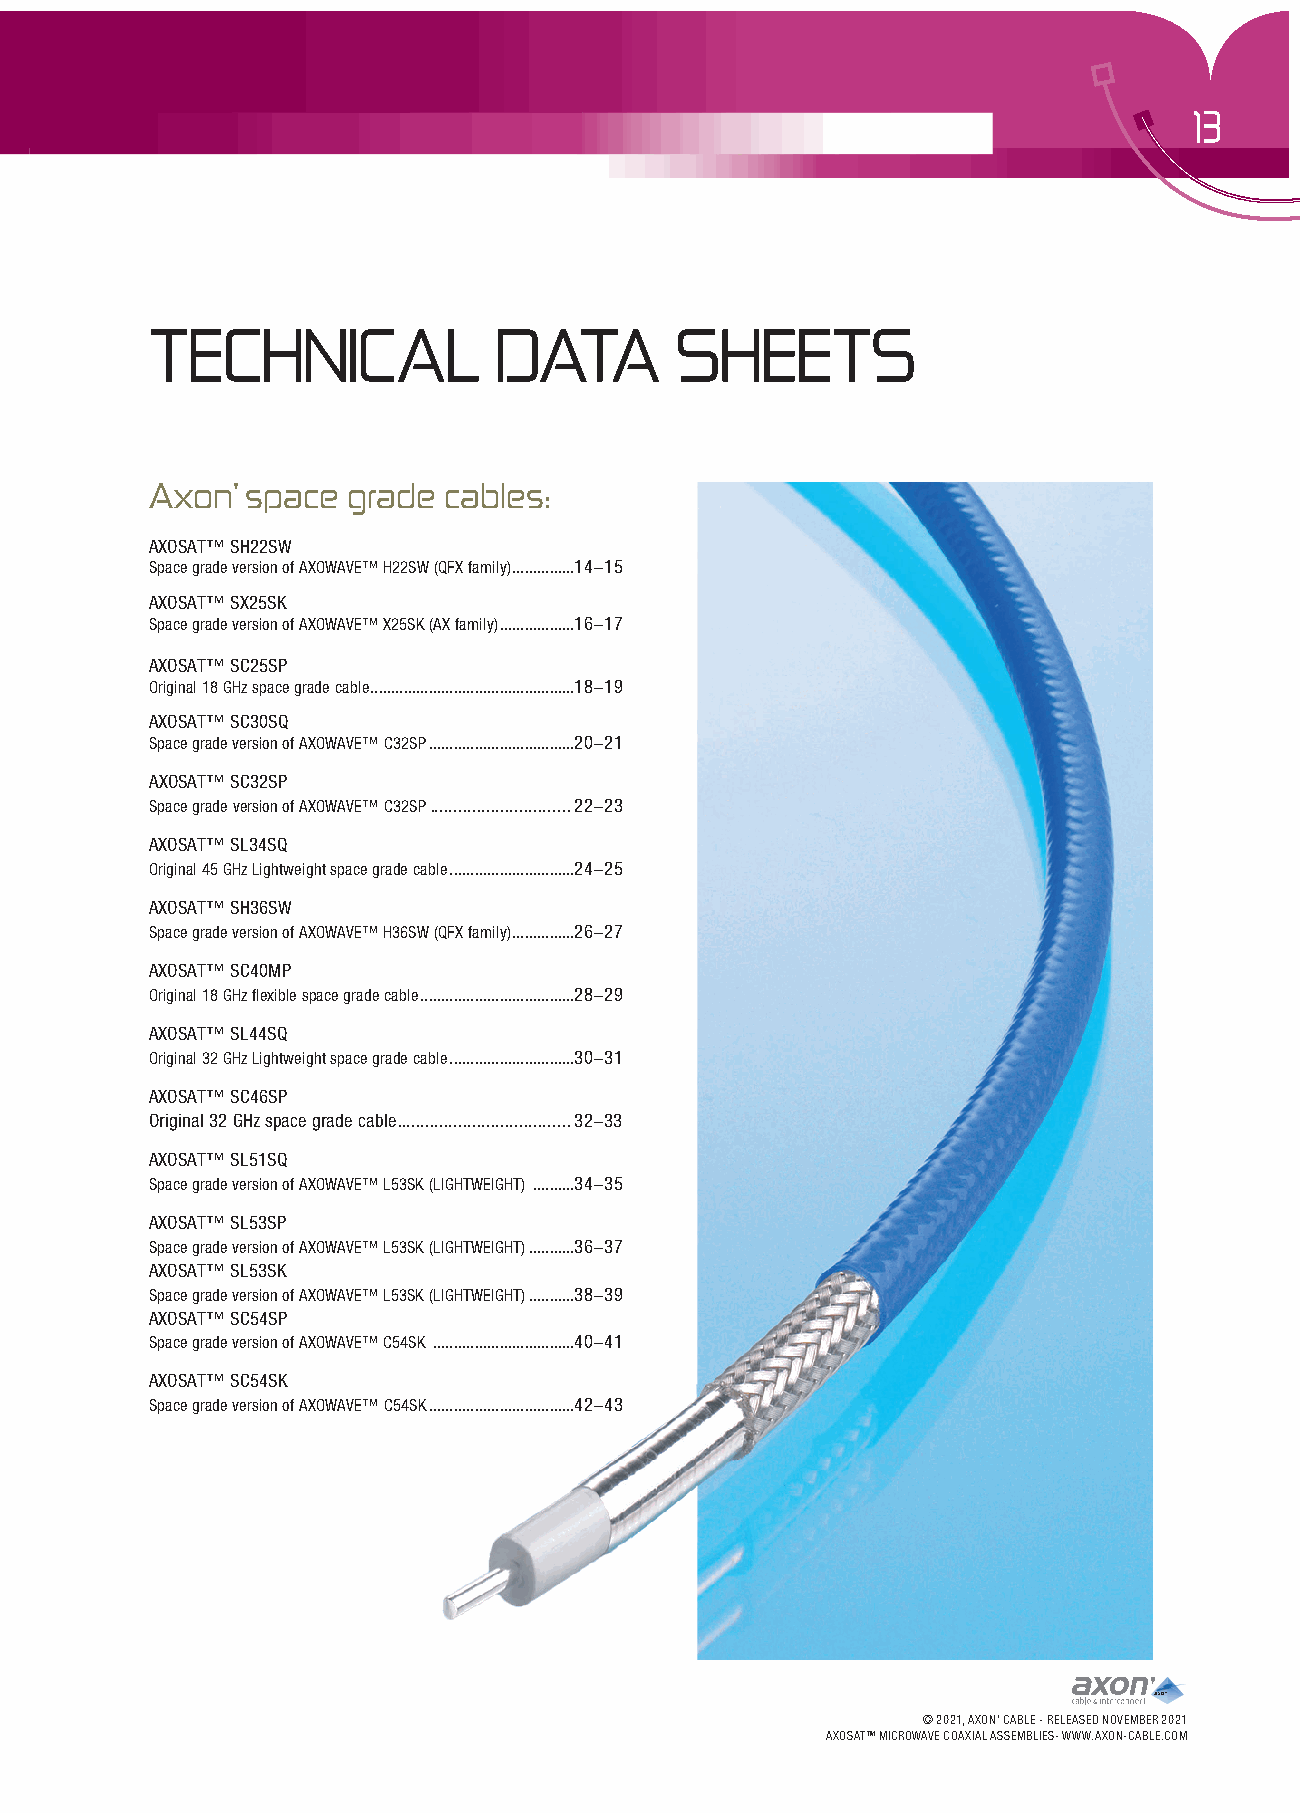
13
 TECHNICAL              DATA        SHEETS
 Axon’ space  grade cables:
 AXOSAT™ SH22SW
 Space grade version of AXOWAVE™ H22SW (QFX family) ...............14-15
 AXOSAT™ SX25SK
 Space grade version of AXOWAVE™ X25SK (AX family) ..................16-17
 AXOSAT™ SC25SP
 Original 18 GHz space grade cable .................................................18-19
 AXOSAT™ SC30SQ
 Space grade version of AXOWAVE™ C32SP ...................................20-21
 AXOSAT™ SC32SP
 Space grade version of AXOWAVE™ C32SP ..............................22-23
 AXOSAT™ SL34SQ
 Original 45 GHz Lightweight space grade cable ..............................24-25
 AXOSAT™ SH36SW
 Space grade version of AXOWAVE™ H36SW (QFX family) ...............26-27
 AXOSAT™ SC40MP
 Original 18 GHz flexible space grade cable .....................................28-29
 AXOSAT™ SL44SQ
 Original 32 GHz Lightweight space grade cable ..............................30-31
 AXOSAT™ SC46SP
 Original 32 GHz space grade cable .....................................32-33
 AXOSAT™ SL51SQ
 Space grade version of AXOWAVE™ L53SK (LIGHTWEIGHT) ..........34-35
 AXOSAT™ SL53SP
 Space grade version of AXOWAVE™ L53SK (LIGHTWEIGHT) ...........36-37
 AXOSAT™ SL53SK
 Space grade version of AXOWAVE™ L53SK (LIGHTWEIGHT) ...........38-39
 AXOSAT™ SC54SP
 Space grade version of AXOWAVE™ C54SK ..................................40-41
 AXOSAT™ SC54SK
 Space grade version of AXOWAVE™ C54SK ...................................42-43
 © 2021, AXON’ CABLE - RELEASED NOVEMBER 2021
 AXOSATTM MICROWAVE COAXIAL ASSEMBLIES- WWW.AXON-CABLE.COM